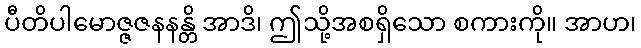
ပီတိပါမောဇ္ဇဇနနန္တိ အာဒိ၊ ဤသို့အစရှိသော စကားကို။ အာဟ၊